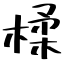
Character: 楺